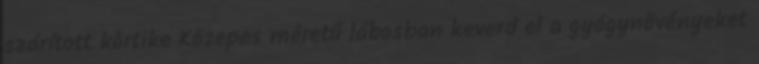
szárított körtike Közepes méretű lábosban keverd el a gyógynövényeket